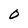
Character: O